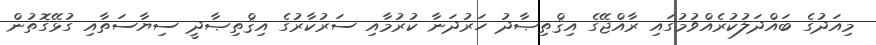
މިއަދުގެ ބައްދަލުކުރެއްވުމުގައި ރާއްޖޭގެ އިޤްތިޞާދު ހަރުދަނާ ކުރުމާއި ސަރުކާރުގެ އިޤްތިޞާދީ ސިޔާސަތާއި ގުޅޭގޮތުން